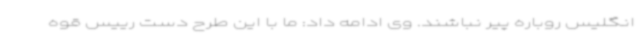
انگلیس روباره پیر نباشند. وی ادامه داد: ما با این طرح دست رییس قوه